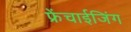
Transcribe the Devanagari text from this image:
फ्रेंचाईजिंग